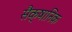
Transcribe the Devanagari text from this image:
सैक्षानिक